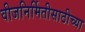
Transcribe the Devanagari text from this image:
वीजनिर्मितीसाठीच्या